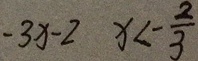
- 3 x - 2 x < - \frac { 2 } { 3 }